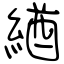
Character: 緧